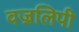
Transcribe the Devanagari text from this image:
वज्रलिपी